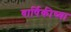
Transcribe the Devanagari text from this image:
वार्षिकीच्या